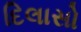
દિલાસો